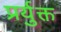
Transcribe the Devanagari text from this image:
प्रर्युक्त